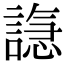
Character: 𫍆